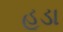
હૂડા